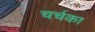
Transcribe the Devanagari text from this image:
चर्चका